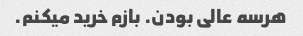
هرسه عالی بودن. بازم خرید میکنم.